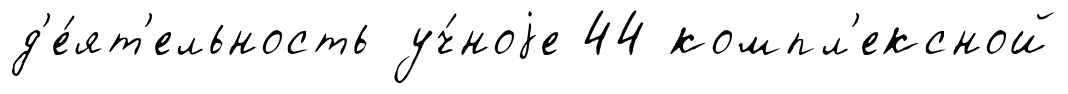
д'е́ят'ельность уч́ноjе 44 компл'ексной